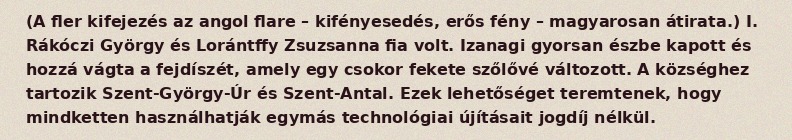
(A fler kifejezés az angol flare – kifényesedés, erős fény – magyarosan átirata.) I. Rákóczi György és Lorántffy Zsuzsanna fia volt. Izanagi gyorsan észbe kapott és hozzá vágta a fejdíszét, amely egy csokor fekete szőlővé változott. A községhez tartozik Szent-György-Úr és Szent-Antal. Ezek lehetőséget teremtenek, hogy mindketten használhatják egymás technológiai újításait jogdíj nélkül.